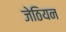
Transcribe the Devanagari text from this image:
जेठियन